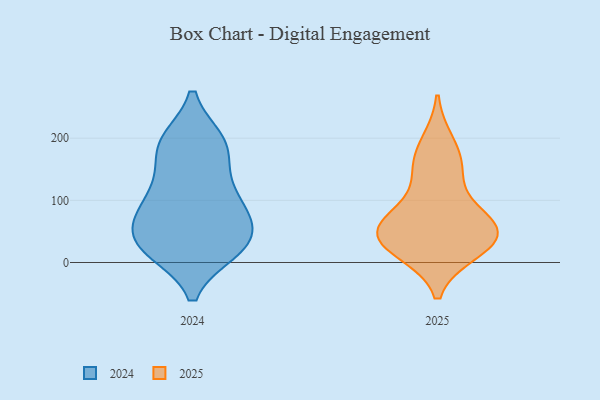
{"axis": {"x": "Tickets Resolved", "y": "Value"}, "legend": ["2024", "2025"], "data": [{"x": "", "y": 56, "type": "2025"}, {"x": "", "y": 82, "type": "2025"}, {"x": "", "y": 54, "type": "2025"}, {"x": "", "y": 192, "type": "2025"}, {"x": "", "y": 24, "type": "2025"}, {"x": "", "y": 155, "type": "2025"}, {"x": "", "y": 38, "type": "2025"}, {"x": "", "y": 40, "type": "2025"}, {"x": "", "y": 19, "type": "2025"}, {"x": "", "y": 64, "type": "2025"}, {"x": "", "y": 147, "type": "2025"}, {"x": "", "y": 80, "type": "2024"}, {"x": "", "y": 19, "type": "2024"}, {"x": "", "y": 195, "type": "2024"}, {"x": "", "y": 84, "type": "2024"}, {"x": "", "y": 189, "type": "2024"}, {"x": "", "y": 32, "type": "2024"}, {"x": "", "y": 19, "type": "2024"}, {"x": "", "y": 51, "type": "2024"}, {"x": "", "y": 57, "type": "2024"}, {"x": "", "y": 84, "type": "2024"}, {"x": "", "y": 191, "type": "2024"}, {"x": "", "y": 24, "type": "2024"}, {"x": "", "y": 134, "type": "2024"}, {"x": "", "y": 138, "type": "2024"}, {"x": "", "y": 100, "type": "2024"}, {"x": "", "y": 194, "type": "2024"}, {"x": "", "y": 23, "type": "2024"}]}